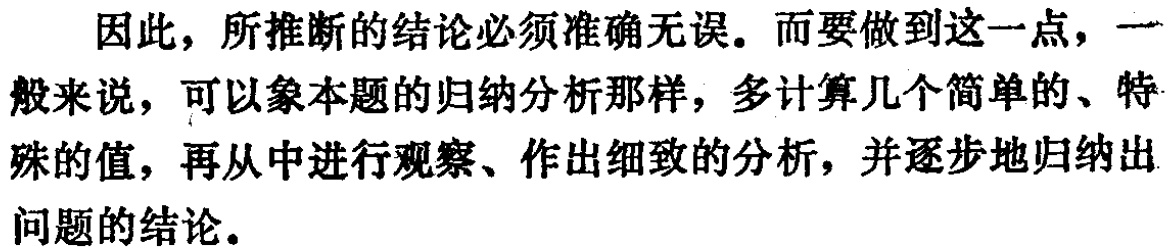
因此，所推断的结论必须准确无误。而要做到这一点，一般来说，可以象本题的归纳分析那样，多计算几个简单的、特殊的值，再从中进行观察、作出细致的分析，并逐步地归纳出问题的结论。